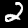
Digit: 2